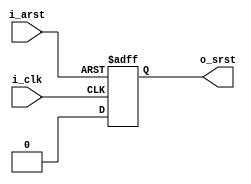
module reset
#(
	parameter	IN_RST_ACTIVE	= "LOW",
	parameter	OUT_RST_ACTIVE	= "HIGH",
	parameter	CYCLE			= 1
)
(
	input	i_arst,
	input	i_clk,

	output	o_srst
);

reg		[CYCLE-1:0]r_srst_1P;

genvar i;
generate
	if (IN_RST_ACTIVE == "LOW")
	begin
		if (OUT_RST_ACTIVE == "LOW")
		begin
			always@(negedge i_arst or posedge i_clk)
			begin
				if (~i_arst)
					r_srst_1P[0]	<= 1'b0;
				else
					r_srst_1P[0]	<= 1'b1;
			end
			
			for (i=0; i<CYCLE-1; i=i+1)
			begin
				always@(negedge i_arst or posedge i_clk)
				begin
					if (~i_arst)
						r_srst_1P[i+1]	<= 1'b0;
					else
						r_srst_1P[i+1]	<= r_srst_1P[i];
				end
			end
		end
		else
		begin
			always@(negedge i_arst or posedge i_clk)
			begin
				if (~i_arst)
					r_srst_1P[0]	<= 1'b1;
				else
					r_srst_1P[0]	<= 1'b0;
			end
			
			for (i=0; i<CYCLE-1; i=i+1)
			begin
				always@(negedge i_arst or posedge i_clk)
				begin
					if (~i_arst)
						r_srst_1P[i+1]	<= 1'b1;
					else
						r_srst_1P[i+1]	<= r_srst_1P[i];
				end
			end
		end
	end
	else
	begin
		if (OUT_RST_ACTIVE == "LOW")
		begin
			always@(posedge i_arst or posedge i_clk)
			begin
				if (i_arst)
					r_srst_1P[0]	<= 1'b0;
				else
					r_srst_1P[0]	<= 1'b1;
			end
			
			for (i=0; i<CYCLE-1; i=i+1)
			begin
				always@(posedge i_arst or posedge i_clk)
				begin
					if (i_arst)
						r_srst_1P[i+1]	<= 1'b0;
					else
						r_srst_1P[i+1]	<= r_srst_1P[i];
				end
			end
		end
		else
		begin
			always@(posedge i_arst or posedge i_clk)
			begin
				if (i_arst)
					r_srst_1P[0]	<= 1'b1;
				else
					r_srst_1P[0]	<= 1'b0;
			end
			
			for (i=0; i<CYCLE-1; i=i+1)
			begin
				always@(posedge i_arst or posedge i_clk)
				begin
					if (i_arst)
						r_srst_1P[i+1]	<= 1'b1;
					else
						r_srst_1P[i+1]	<= r_srst_1P[i];
				end
			end
		end
	end
endgenerate

assign	o_srst	= r_srst_1P[CYCLE-1];

endmodule